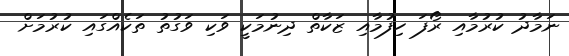
ނަމާދު ކުރުމާއި ރޯފަ ހިފުމާއި ޒަކާތް ދިނުމަކީ ވަކި ވަގުތު ތަކެއްގައި ކުރުމަށް